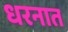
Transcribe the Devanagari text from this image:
धरनात